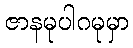
ဇာနမုပါဂမုမှာ